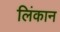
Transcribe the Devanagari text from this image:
लिंकान